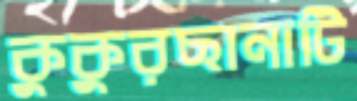
কুকুরছানাটি